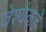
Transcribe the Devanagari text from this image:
वेश्येकडे